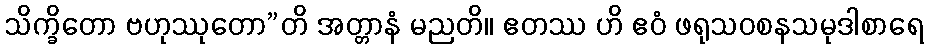
သိက္ခိတော ဗဟုဿုတော”တိ အတ္တာနံ မညတိ။ ဧတဿ ဟိ ဧဝံ ဖရုသဝစနသမုဒါစာရေ